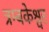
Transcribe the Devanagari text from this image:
त्रम्बकेश्वर